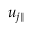
u _ { j \parallel }